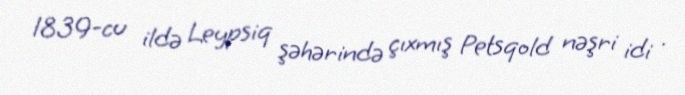
1839-cu ildə Leypsiq şəhərində çıxmış Petsqold nəşri idi .